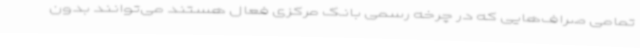
تمامی صراف‌هایی که در چرخه رسمی بانک مرکزی فعال هستند می‌توانند بدون